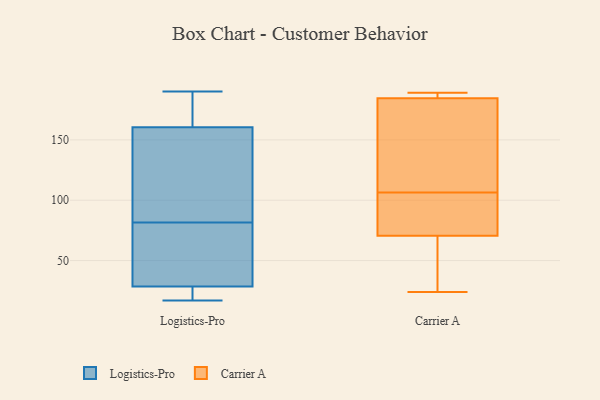
{"axis": {"x": "Temperature (°C)", "y": "Value"}, "legend": ["Carrier A", "Logistics-Pro"], "data": [{"x": "", "y": 166, "type": "Logistics-Pro"}, {"x": "", "y": 160, "type": "Logistics-Pro"}, {"x": "", "y": 21, "type": "Logistics-Pro"}, {"x": "", "y": 32, "type": "Logistics-Pro"}, {"x": "", "y": 20, "type": "Logistics-Pro"}, {"x": "", "y": 59, "type": "Logistics-Pro"}, {"x": "", "y": 70, "type": "Logistics-Pro"}, {"x": "", "y": 131, "type": "Logistics-Pro"}, {"x": "", "y": 20, "type": "Logistics-Pro"}, {"x": "", "y": 61, "type": "Logistics-Pro"}, {"x": "", "y": 127, "type": "Logistics-Pro"}, {"x": "", "y": 161, "type": "Logistics-Pro"}, {"x": "", "y": 84, "type": "Logistics-Pro"}, {"x": "", "y": 17, "type": "Logistics-Pro"}, {"x": "", "y": 110, "type": "Logistics-Pro"}, {"x": "", "y": 25, "type": "Logistics-Pro"}, {"x": "", "y": 190, "type": "Logistics-Pro"}, {"x": "", "y": 161, "type": "Logistics-Pro"}, {"x": "", "y": 175, "type": "Logistics-Pro"}, {"x": "", "y": 79, "type": "Logistics-Pro"}, {"x": "", "y": 105, "type": "Carrier A"}, {"x": "", "y": 24, "type": "Carrier A"}, {"x": "", "y": 122, "type": "Carrier A"}, {"x": "", "y": 108, "type": "Carrier A"}, {"x": "", "y": 55, "type": "Carrier A"}, {"x": "", "y": 185, "type": "Carrier A"}, {"x": "", "y": 189, "type": "Carrier A"}, {"x": "", "y": 94, "type": "Carrier A"}, {"x": "", "y": 86, "type": "Carrier A"}, {"x": "", "y": 188, "type": "Carrier A"}, {"x": "", "y": 184, "type": "Carrier A"}, {"x": "", "y": 52, "type": "Carrier A"}]}